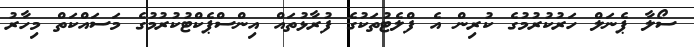
ސޯލާ ޕެނަލް ހަރުކުރުމުގެ ކުރިން އެ ފްލެޓުތަކުގެ ފުރާޅުތައް އިންސްޕެކްޓުކުރުމުގެ މަސައްކަތް މިހާރު